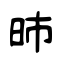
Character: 昁